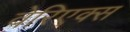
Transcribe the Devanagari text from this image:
वेरिएक्स